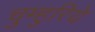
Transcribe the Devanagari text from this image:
चुम्हुरिये